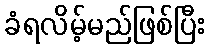
ခံရလိမ့်မည်ဖြစ်ပြီး